Lunatic asylums Central Provinces reports 1886-1894 - 1886-1894
Year: 1886
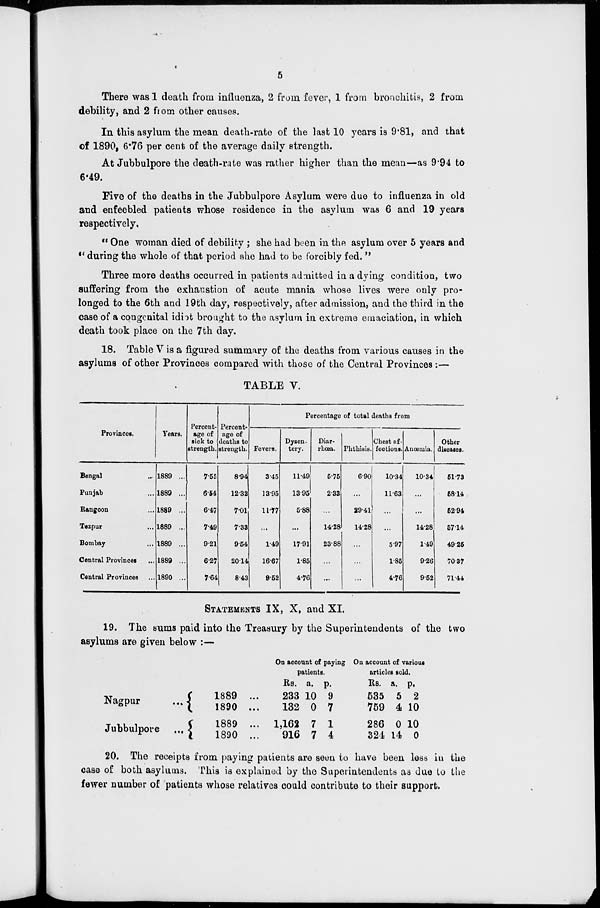
5
There was 1 death from influenza, 2 from fever, 1 from bronchitis, 2 from
debility, and 2 from other causes.
In this asylum the mean death-rate of the last 10 years is 9.81, and that
of 1890, 6.76 per cent of the average daily strength.
At Jubbulpore the death-rate was rather higher than the mean—as 9.94 to
6.49.
Five of the deaths in the Jubbulpore Asylum were due to influenza in old
and enfeebled patients whose residence in the asylum was 6 and 19 years
respectively,
" One woman died of debility ; she had been in the asylum over 5 years and
" during the whole of that period she had to be forcibly fed. ''
Three more deaths occurred in patients admitted in a dying condition, two
suffering from the exhaustion of acute mania whose lives were only pro-
longed to the 6th and 19th day, respectively, after admission, and the third in the
case of a congenital idiot brought to the asylum in extreme emaciation, in which
death took place on the 7th day.
18. Table V is a figured summary of the deaths from various causes in the
asylums of other Provinces compared with those of the Central Provinces:—
TABLE V.
Provinces.
Bengal ...
Punjab ...
Rangoon ...
Tezpur ...
Bombay ...
Central Provinces ...
Central Provinces ...
Years.
1889 ...
1889 ...
1889 ...
1889 ...
1889 ...
1889 ...
1890 ...
Percent-
age of
sick to
strength.
7.55
6.54
6.47
7.49
9.21
6.27
7.64
Percent-
age of
deaths to
strength.
8.94
12.32
7.01
7.33
9.54
20.14
8.43
Percentage of total deaths from
Fevers.
3.45
13.95
11.77
...
1.49
16.67
9.52
Dysen-
tery.
11.49
13.95
5.88
...
17.91
1.85
4.76
Diar-
rhœa.
5.75
2.33
...
14.28
23.88
...
...
Phthisis.
6.90
...
29.41
14.28
...
...
...
Chest af-
fections.
10.34
11.63
...
...
5.97
1.85
4.76
Anœmia.
10.34
...
...
14.28
1.49
9.26
9.52
Other
diseases.
51.73
58.14
52.94
57.14
49.25
70.37
71.44
STATEMENTS IX, X, and XI.
19. The sums paid into the Treasury by the Superintendents of the two
asylums are given below :—
Nagpur
...
Jubbulpore
...
1889 ...
1890 ...
1889 ...
1890 ...
On account of paying
patients.
Rs.
233
132
1,162
916
a.
10
0
7
7
p.
9
7
1
4
On account of various
articles sold.
Rs.
535
759
286
324
a.
5
4
0
14
p.
2
10
10
0
20. The receipts from paying patients are seen to have been less in the
case of both asylums. This is explained by the Superintendents as due to the
fewer number of patients whose relatives could contribute to their support.